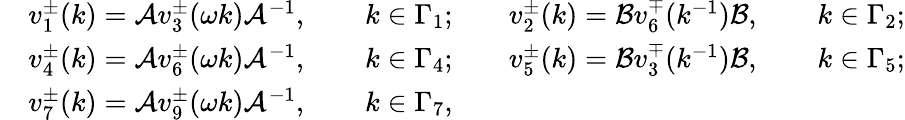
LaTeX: \begin{array}{rlrl}&{v_{1}^{\pm}(k)=\mathcal{A}v_{3}^{\pm}(\omega k)\mathcal{A}^{-1},\qquad k\in\Gamma_{1};}&&{v_{2}^{\pm}(k)=\mathcal{B}v_{6}^{\mp}(k^{-1})\mathcal{B},\qquad k\in\Gamma_{2};}\\ &{v_{4}^{\pm}(k)=\mathcal{A}v_{6}^{\pm}(\omega k)\mathcal{A}^{-1},\qquad k\in\Gamma_{4};}&&{v_{5}^{\pm}(k)=\mathcal{B}v_{3}^{\mp}(k^{-1})\mathcal{B},\qquad k\in\Gamma_{5};}\\ &{v_{7}^{\pm}(k)=\mathcal{A}v_{9}^{\pm}(\omega k)\mathcal{A}^{-1},\qquad k\in\Gamma_{7},}\end{array}